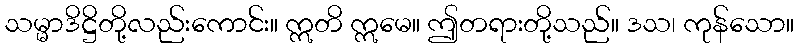
သမ္မာဒိဋ္ဌိတို့လည်းကောင်း။ ဣတိ ဣမေ။ ဤတရားတို့သည်။ ဒသ၊ ကုန်သော။